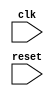
module behavioral_modeling_block(
    input wire clk,
    input wire reset,
    // other input and output declarations
    
);

always @(posedge clk or negedge reset) begin
    // behavioral code here
end

// other module code
endmodule